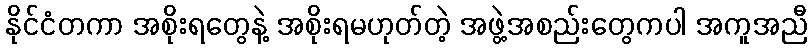
နိုင်ငံတကာ အစိုးရတွေနဲ့ အစိုးရမဟုတ်တဲ့ အဖွဲ့အစည်းတွေကပါ အကူအညီ